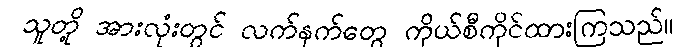
သူတို့ အားလုံးတွင် လက်နက်တွေ ကိုယ်စီကိုင်ထားကြသည်။